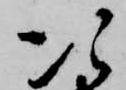
次